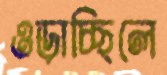
ওড়াচ্ছিলে